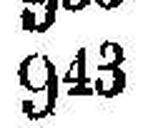
943